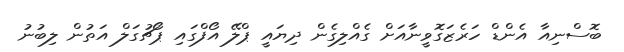
ބޮސްނިއާ އެންޑް ހަރެޒަގޮވީނާއަށް ގެއްލިގެން ދިޔައީ ޕްލޭ އޯފްގައި ޕޯޗުގަލް އަތުން ލިބުނު